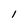
Character: l